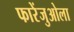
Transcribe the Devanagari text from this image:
फारेंजुओला